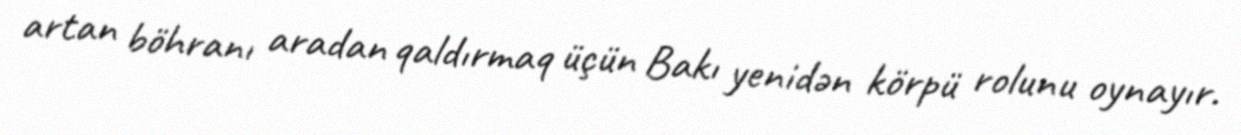
artan böhranı aradan qaldırmaq üçün Bakı yenidən körpü rolunu oynayır.